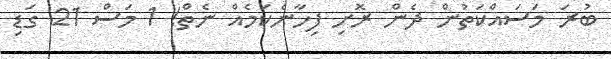
ބުރަ މަސައްކަތުން ދެން ރޮށި ފިހާނެކަމެއް ނެތް! 1 މަސް 21 ގަޑި